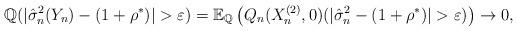
LaTeX: \begin{align*}\mathbb{Q}(|\hat{\sigma}^2_n(Y_n) - (1 + \rho^*) | > \varepsilon ) = \mathbb{E}_{\mathbb{Q}} \left( Q_n(X_n^{(2)}, 0)(|\hat{\sigma}^2_n - (1 + \rho^*) | > \varepsilon )\right) \to 0,\end{align*}